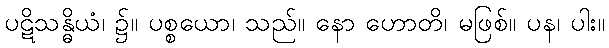
ပဋိသန္ဓိယံ၊ ၌။ ပစ္စယော၊ သည်။ နော ဟောတိ၊ မဖြစ်။ ပန၊ ပါး။